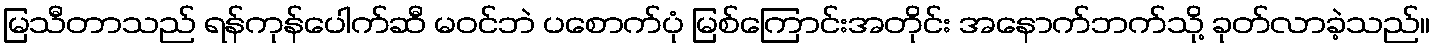
မြသီတာသည် ရန်ကုန်ပေါက်ဆီ မဝင်ဘဲ ပစောက်ပုံ မြစ်ကြောင်းအတိုင်း အနောက်ဘက်သို့ ခုတ်လာခဲ့သည်။